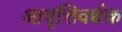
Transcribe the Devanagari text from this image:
आवृत्तिवर्धक